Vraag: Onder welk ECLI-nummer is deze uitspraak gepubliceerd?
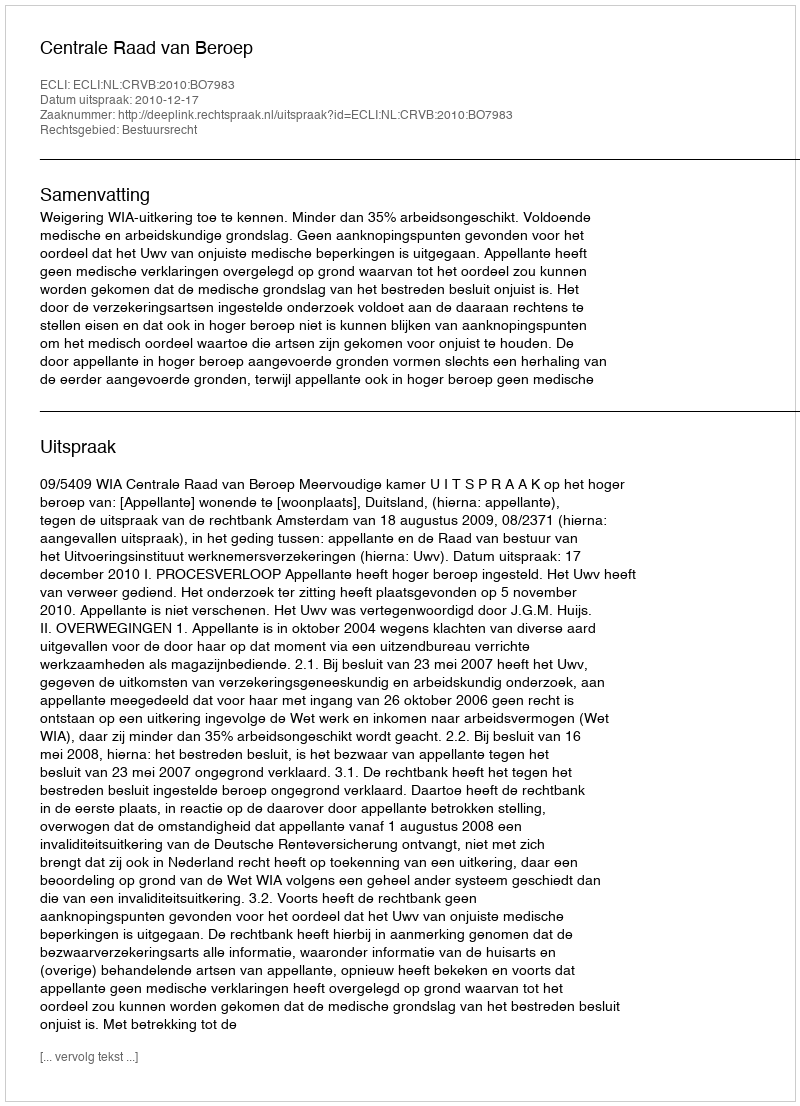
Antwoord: ECLI:NL:CRVB:2010:BO7983